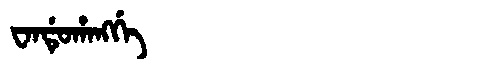
Manchu: ᠸᠠᠨᡩᡠᡥᠠᠩᡤᡝ
Romanization: WANDUHANGGE